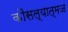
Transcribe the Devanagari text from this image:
कौसल्यात्मज